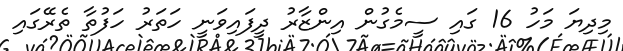
މިދިޔަ މަހު 16 ގައި ސީމެގުން އިންޒާރު ދީފައިވަނީ ހަތަރު ހަފުތާ ތެރޭގައި